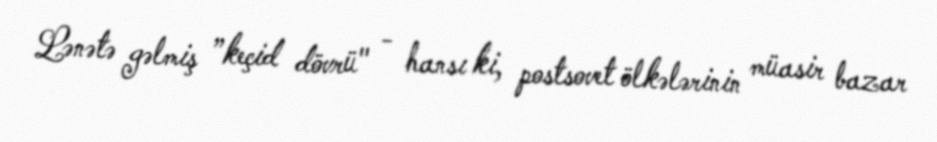
Lənətə gəlmiş ”keçid dövrü" - hansı ki, postsovet ölkələrinin müasir bazar